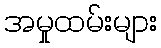
အမှုထမ်းများ